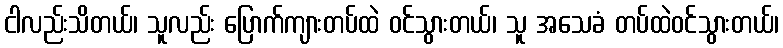
ငါလည်းသိတယ်၊ သူလည်း ပြောက်ကျားတပ်ထဲ ဝင်သွားတယ်၊ သူ အသေခံ တပ်ထဲဝင်သွားတယ်၊